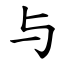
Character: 与